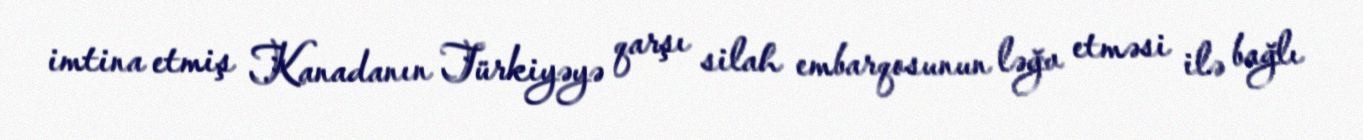
imtina etmiş Kanadanın Türkiyəyə qarşı silah embarqosunun ləğv etməsi ilə bağlı